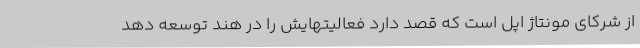
از شرکای مونتاژ اپل است که قصد دارد فعالیتهایش را در هند توسعه دهد